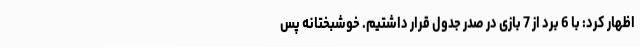
اظهار کرد: با 6 برد از 7 بازی در صدر جدول قرار داشتیم. خوشبختانه پس